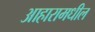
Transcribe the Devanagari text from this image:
आहारामधील